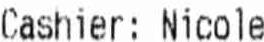
CASHIER: NICOLE